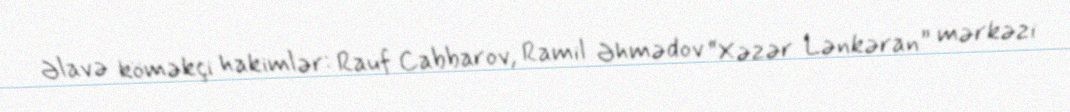
Əlavə köməkçi hakimlər: Rauf Cabbarov, Ramil Əhmədov “Xəzər Lənkəran” mərkəzi